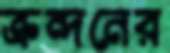
ক্রন্দনের